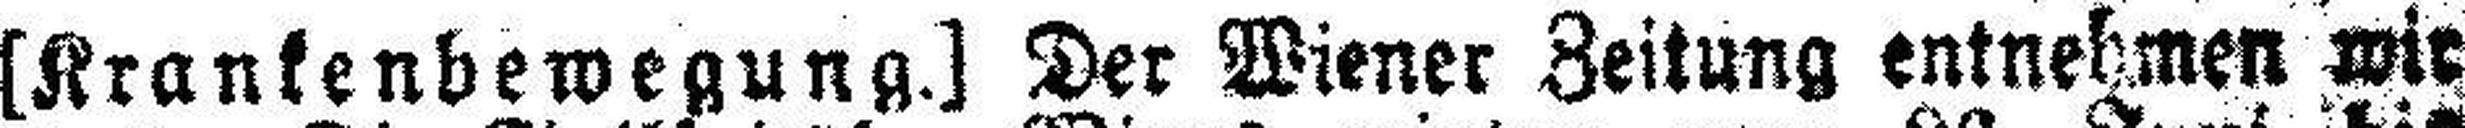
[Krankenbewegung.] Der Wiener Zeitung entnehmen wir